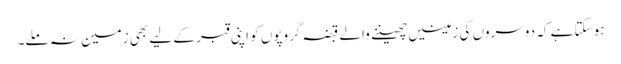
ہو سکتا ہے کہ دوسروں کی زمینیں چھیننے والے قبضہ گروپوں کو اپنی قبر کے لیے بھی زمین نہ ملے۔